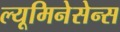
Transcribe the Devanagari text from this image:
ल्यूमिनेसेन्स